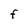
Character: F